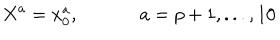
X ^ { a } = x _ { 0 } ^ { a } , ~ a = p + 1 , . . . , 1 0